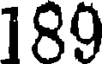
189